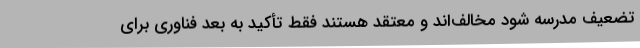
تضعیف مدرسه شود مخالف‌اند و معتقد هستند فقط تأکید به بعد فناوری برای